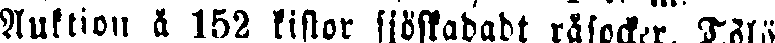
Auktion å 152 kistor sjöskadadt råsocker. Tölö